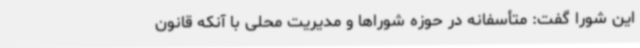
این شورا گفت: متأسفانه در حوزه شوراها و مدیریت محلی با آنکه قانون